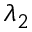
\lambda _ { 2 }